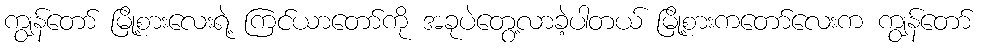
ကျွန်တော် မြို့စားလေးရဲ့ ကြင်ယာတော်ကို အခုပဲတွေ့လာခဲ့ပါတယ် မြို့စားကတော်လေးက ကျွန်တော်